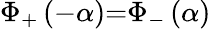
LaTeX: \Phi_{+}\left(-\alpha\right){=}\Phi_{-}\left(\alpha\right)